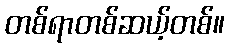
တစ်ရာတစ်ဆယ့်တစ်။